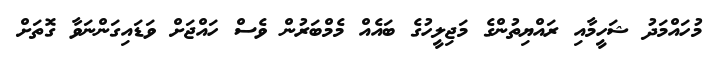
މުހައްމަދު ޝަހީމާއި ރައްޔިތުންގެ މަޖިލީހުގެ ބައެއް މެމްބަރުން ވެސް ހައްޖަށް ވަޑައިގަންނަވާ ގޮތަށް